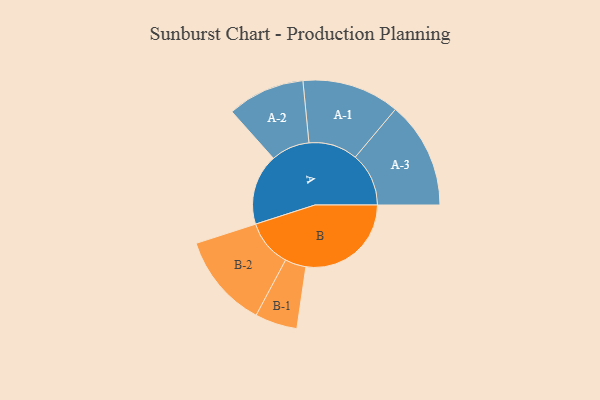
{"axis": {"x": "Segment", "y": "Value"}, "legend": ["", "A", "B"], "data": [{"x": "A", "y": 335, "type": ""}, {"x": "B", "y": 498, "type": ""}, {"x": "A-1", "y": 231, "type": "A"}, {"x": "A-2", "y": 183, "type": "A"}, {"x": "A-3", "y": 253, "type": "A"}, {"x": "B-1", "y": 100, "type": "B"}, {"x": "B-2", "y": 223, "type": "B"}]}